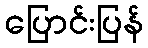
ပြောင်းပြန်